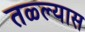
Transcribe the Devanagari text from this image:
तळ्ल्यास